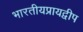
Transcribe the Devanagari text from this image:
भारतीयप्रायद्वीप